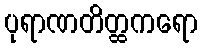
ပုရာဏတိတ္ထကရော